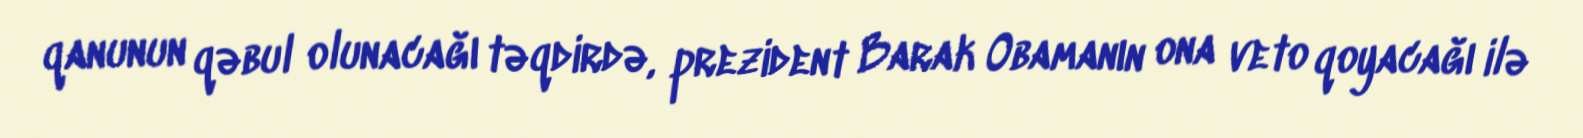
qanunun qəbul olunacağı təqdirdə, prezident Barak Obamanın ona veto qoyacağı ilə